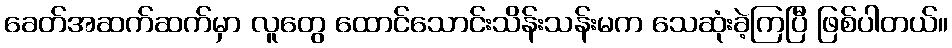
ခေတ်အဆက်ဆက်မှာ လူတွေ ထောင်သောင်းသိန်းသန်းမက သေဆုံးခဲ့ကြပြီ ဖြစ်ပါတယ်။